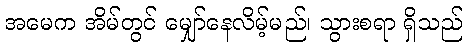
အမေက အိမ်တွင် မျှော်နေလိမ့်မည်၊ သွားစရာ ရှိသည်